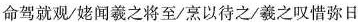
命驾就观/姥闻羲之将至/烹以待之/羲之叹惜弥日